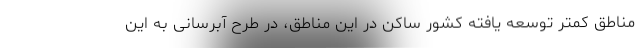
مناطق کمتر توسعه یافته کشور ساکن در این مناطق، در طرح آبرسانی به این